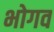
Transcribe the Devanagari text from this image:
भोगव